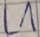
Text: L1